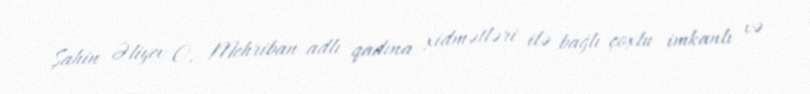
Şahin Əliyev O, Mehriban adlı qadına xidmətləri ilə bağlı çoxlu imkanlı və